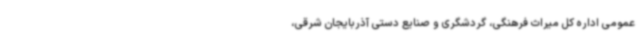
عمومی اداره کل میراث فرهنگی، گردشگری و صنایع دستی آذربایجان شرقی،